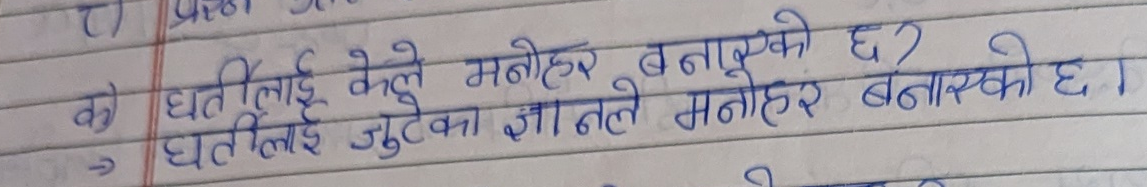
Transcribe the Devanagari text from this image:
क) धर्तिलाई केले मनोहर बनाएको छ ?
→ धर्तिलाई जुटेका ज्ञानले मनोहर बनाएको छ।